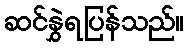
ဆင်နွှဲရပြန်သည်။